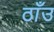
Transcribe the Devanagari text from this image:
ठाँउ